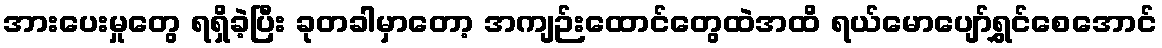
အားပေးမှုတွေ ရရှိခဲ့ပြီး ခုတခါမှာတော့ အကျဉ်းထောင်တွေထဲအထိ ရယ်မောပျော်ရွှင်စေအောင်